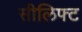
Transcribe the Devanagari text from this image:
सीलिफ्ट